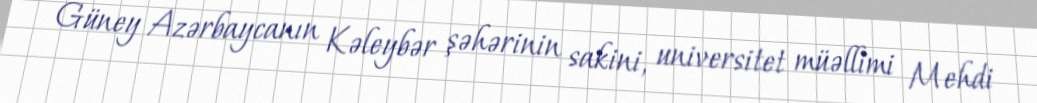
Güney Azərbaycanın Kəleybər şəhərinin sakini, universitet müəllimi Mehdi